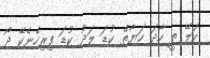
ކަލޭ ތީ ހާދަ ހަޔާތް ކުޑަ ލަދު ކުޑަ ފިރިހެނެކޭ ދޯ